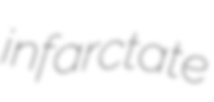
infarctate